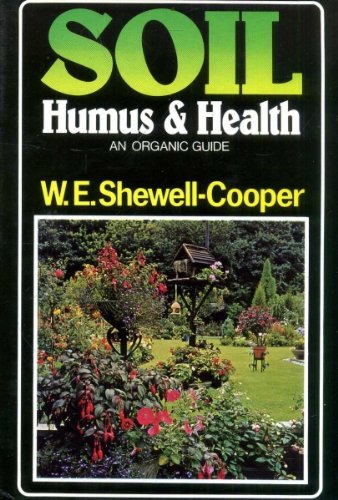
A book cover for Soil, Humus and Health: An Organic Guide; W.E.Shewell- Cooper; Crafts, Hobbies & Home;